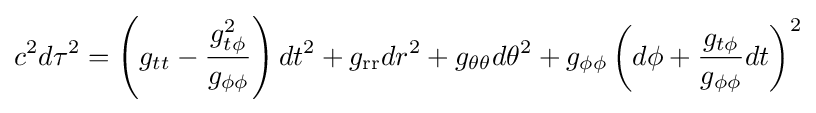
c^{2}d\tau ^{2}=\left(g_{tt}-{\frac {g_{t\phi }^{2}}{g_{\phi \phi }}}\right)dt^{2}+g_{\mathrm {rr} }dr^{2}+g_{\theta \theta }d\theta ^{2}+g_{\phi \phi }\left(d\phi +{\frac {g_{t\phi }}{g_{\phi \phi }}}dt\right)^{2}